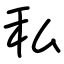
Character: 私